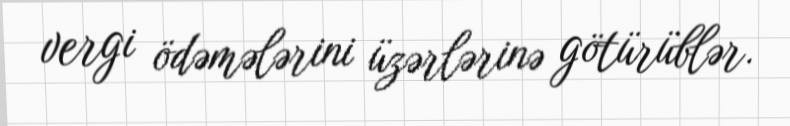
vergi ödəmələrini üzərlərinə götürüblər.